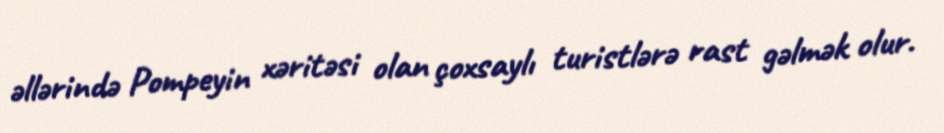
əllərində Pompeyin xəritəsi olan çoxsaylı turistlərə rast gəlmək olur.